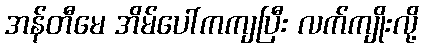
အန်တီမေ အိမ်ပေါ်ကကျပြီး လက်ကျိုးလို့